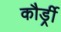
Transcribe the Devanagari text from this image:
कौर्ड्री